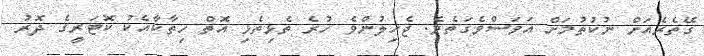
ގޭތެރެއަށް ނުކުތުމަށް އަވަސްވެގަތެވެ. ޖެހިލުންވެ ހުރެ ތެޅިތެޅި އޮތް ހިތާކާއެކު ކޮޓަރީގެ ދޮރު